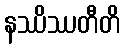
နဿိဿတီတိ